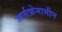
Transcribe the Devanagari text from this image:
आर्सफ़ेनामीन